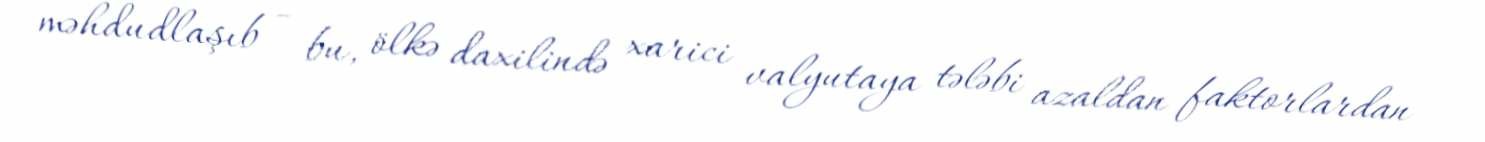
məhdudlaşıb - bu, ölkə daxilində xarici valyutaya tələbi azaldan faktorlardan